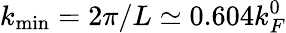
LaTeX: k_{\mathrm{min}}=2\pi/L\simeq 0.604k_{F}^{0}